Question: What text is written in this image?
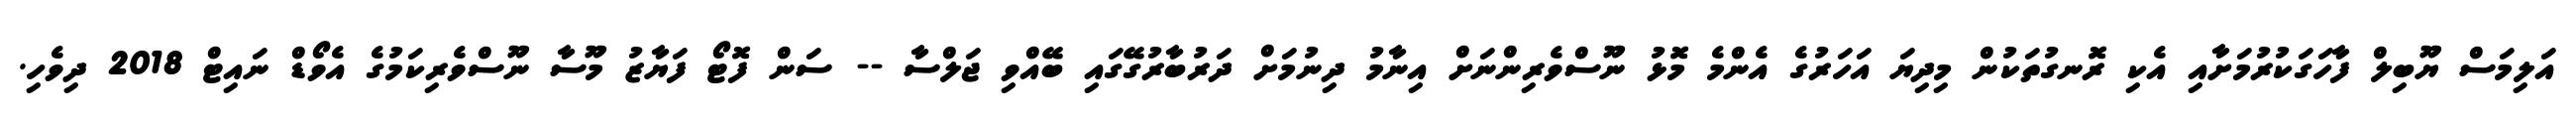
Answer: އަލިމަސް ޔޫބިލް ފާހަގަކުރުމަށާއި އެކި ރޮނގުތަކުން މިދިޔަ އަހަރުގެ އެންމެ މޮޅު ނޫސްވެރިންނަށް އިނާމު ދިނުމަށް ދަރުބާރުގޭގައި ބޭއްވި ޖަލްސާ -- ސަން ފޮޓޯ ފަޔާޒު މޫސާ ނޫސްވެރިކަމުގެ އެވޯޑް ނައިޓް 2018 ދިވެހި.